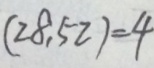
( 2 8 , 5 2 ) = 4